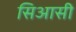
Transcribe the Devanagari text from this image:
सिआसी